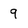
Character: 9